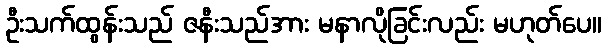
ဦးသက်ထွန်းသည် ဇနီးသည်အား မနာလိုခြင်းလည်း မဟုတ်ပေ။